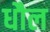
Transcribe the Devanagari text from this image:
धौल